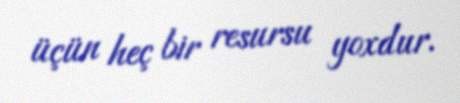
üçün heç bir resursu yoxdur.